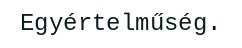
Egyértelműség.